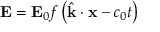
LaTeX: \mathbf { E } = \mathbf { E } _ { 0 } f \left( { \hat { \mathbf { k } } } \cdot \mathbf { x } - c _ { 0 } t \right)